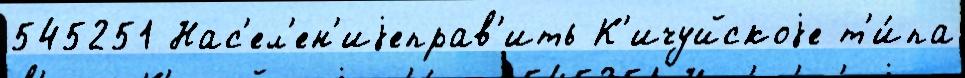
545251 Нас'ел'ен'иjеправ'ить К'ичуйскоjе т'и́па